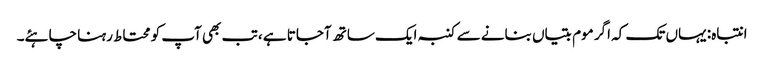
انتباہ: یہاں تک کہ اگر موم بتیاں بنانے سے کنبہ ایک ساتھ آجاتا ہے ، تب بھی آپ کو محتاط رہنا چاہئے۔